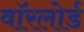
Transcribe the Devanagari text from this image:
वॉरलोर्ड